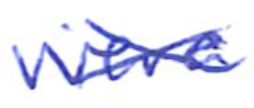
Text: were
Cross-out: cross
Writing tool: ballpoint